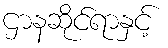
ဌာနဆိုင်ရာနှင့်